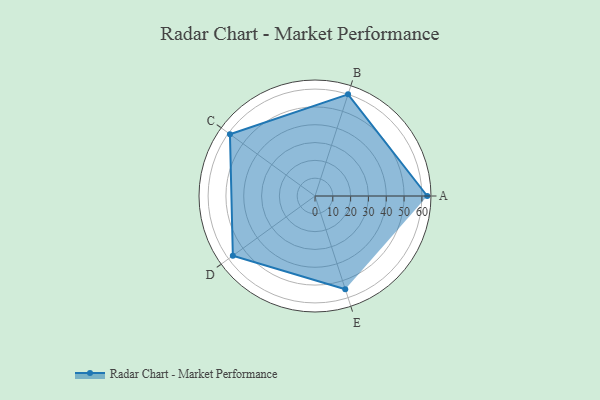
{"axis": {"x": "Skill", "y": "Score"}, "legend": ["Profile"], "data": [{"x": "A", "y": 63.0, "type": "Profile"}, {"x": "B", "y": 60.0, "type": "Profile"}, {"x": "C", "y": 59.0, "type": "Profile"}, {"x": "D", "y": 57.0, "type": "Profile"}, {"x": "E", "y": 55.0, "type": "Profile"}]}